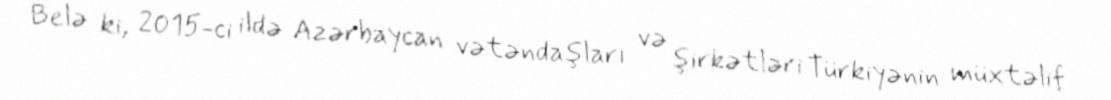
Belə ki, 2015-ci ildə Azərbaycan vətəndaşları və şirkətləri Türkiyənin müxtəlif